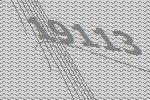
19113